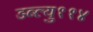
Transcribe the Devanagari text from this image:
डब्ल्यु११४